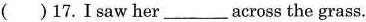
( )17.I saw her___across the grass.